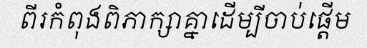
ពីរកំពុងពិភាក្សាគ្នាដើម្បីចាប់ផ្តើម